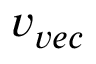
v _ { v e c }